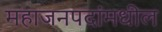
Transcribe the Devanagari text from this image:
महाजनपदांमधील